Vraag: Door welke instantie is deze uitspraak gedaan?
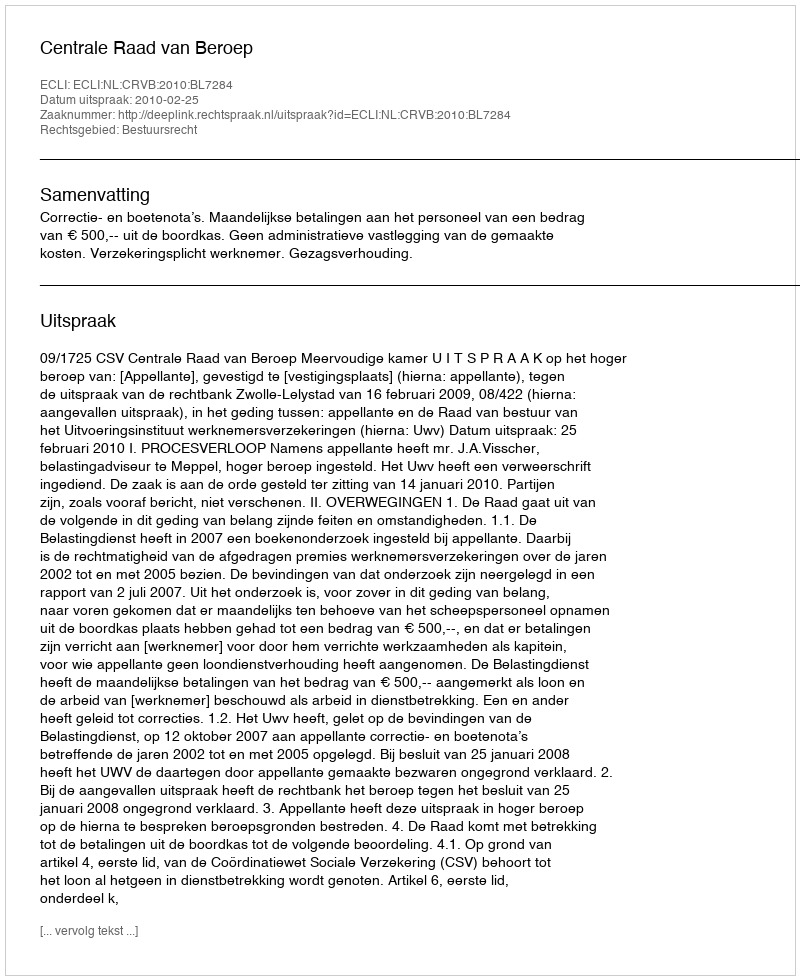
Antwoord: Centrale Raad van Beroep